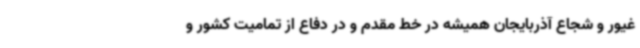
غیور و شجاع آذربایجان همیشه در خط مقدم و در دفاع از تمامیت کشور و